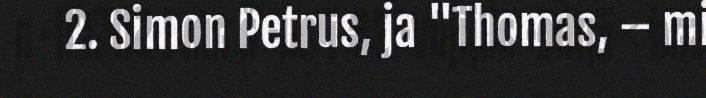
2. Simon Petrus, ja "Thomas, – mi